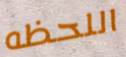
اللحظه